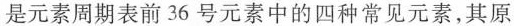
是元素周期表前36号元素中的四种常见元素，其原